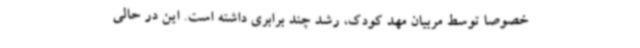
خصوصا توسط مربیان مهد کودک، رشد چند برابری داشته است. این در حالی